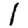
Digit: 1